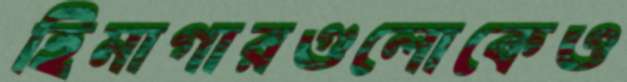
হিমাগারগুলোকেও